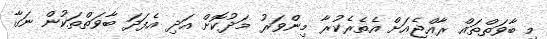
މި ބާވަތްތައް ރާއްޖެއަށް އެތެރެކުރާ މިންވަރު މަދުކޮށް އަދި އެފަދަ ބާވަތްތަކުން ނަގާ